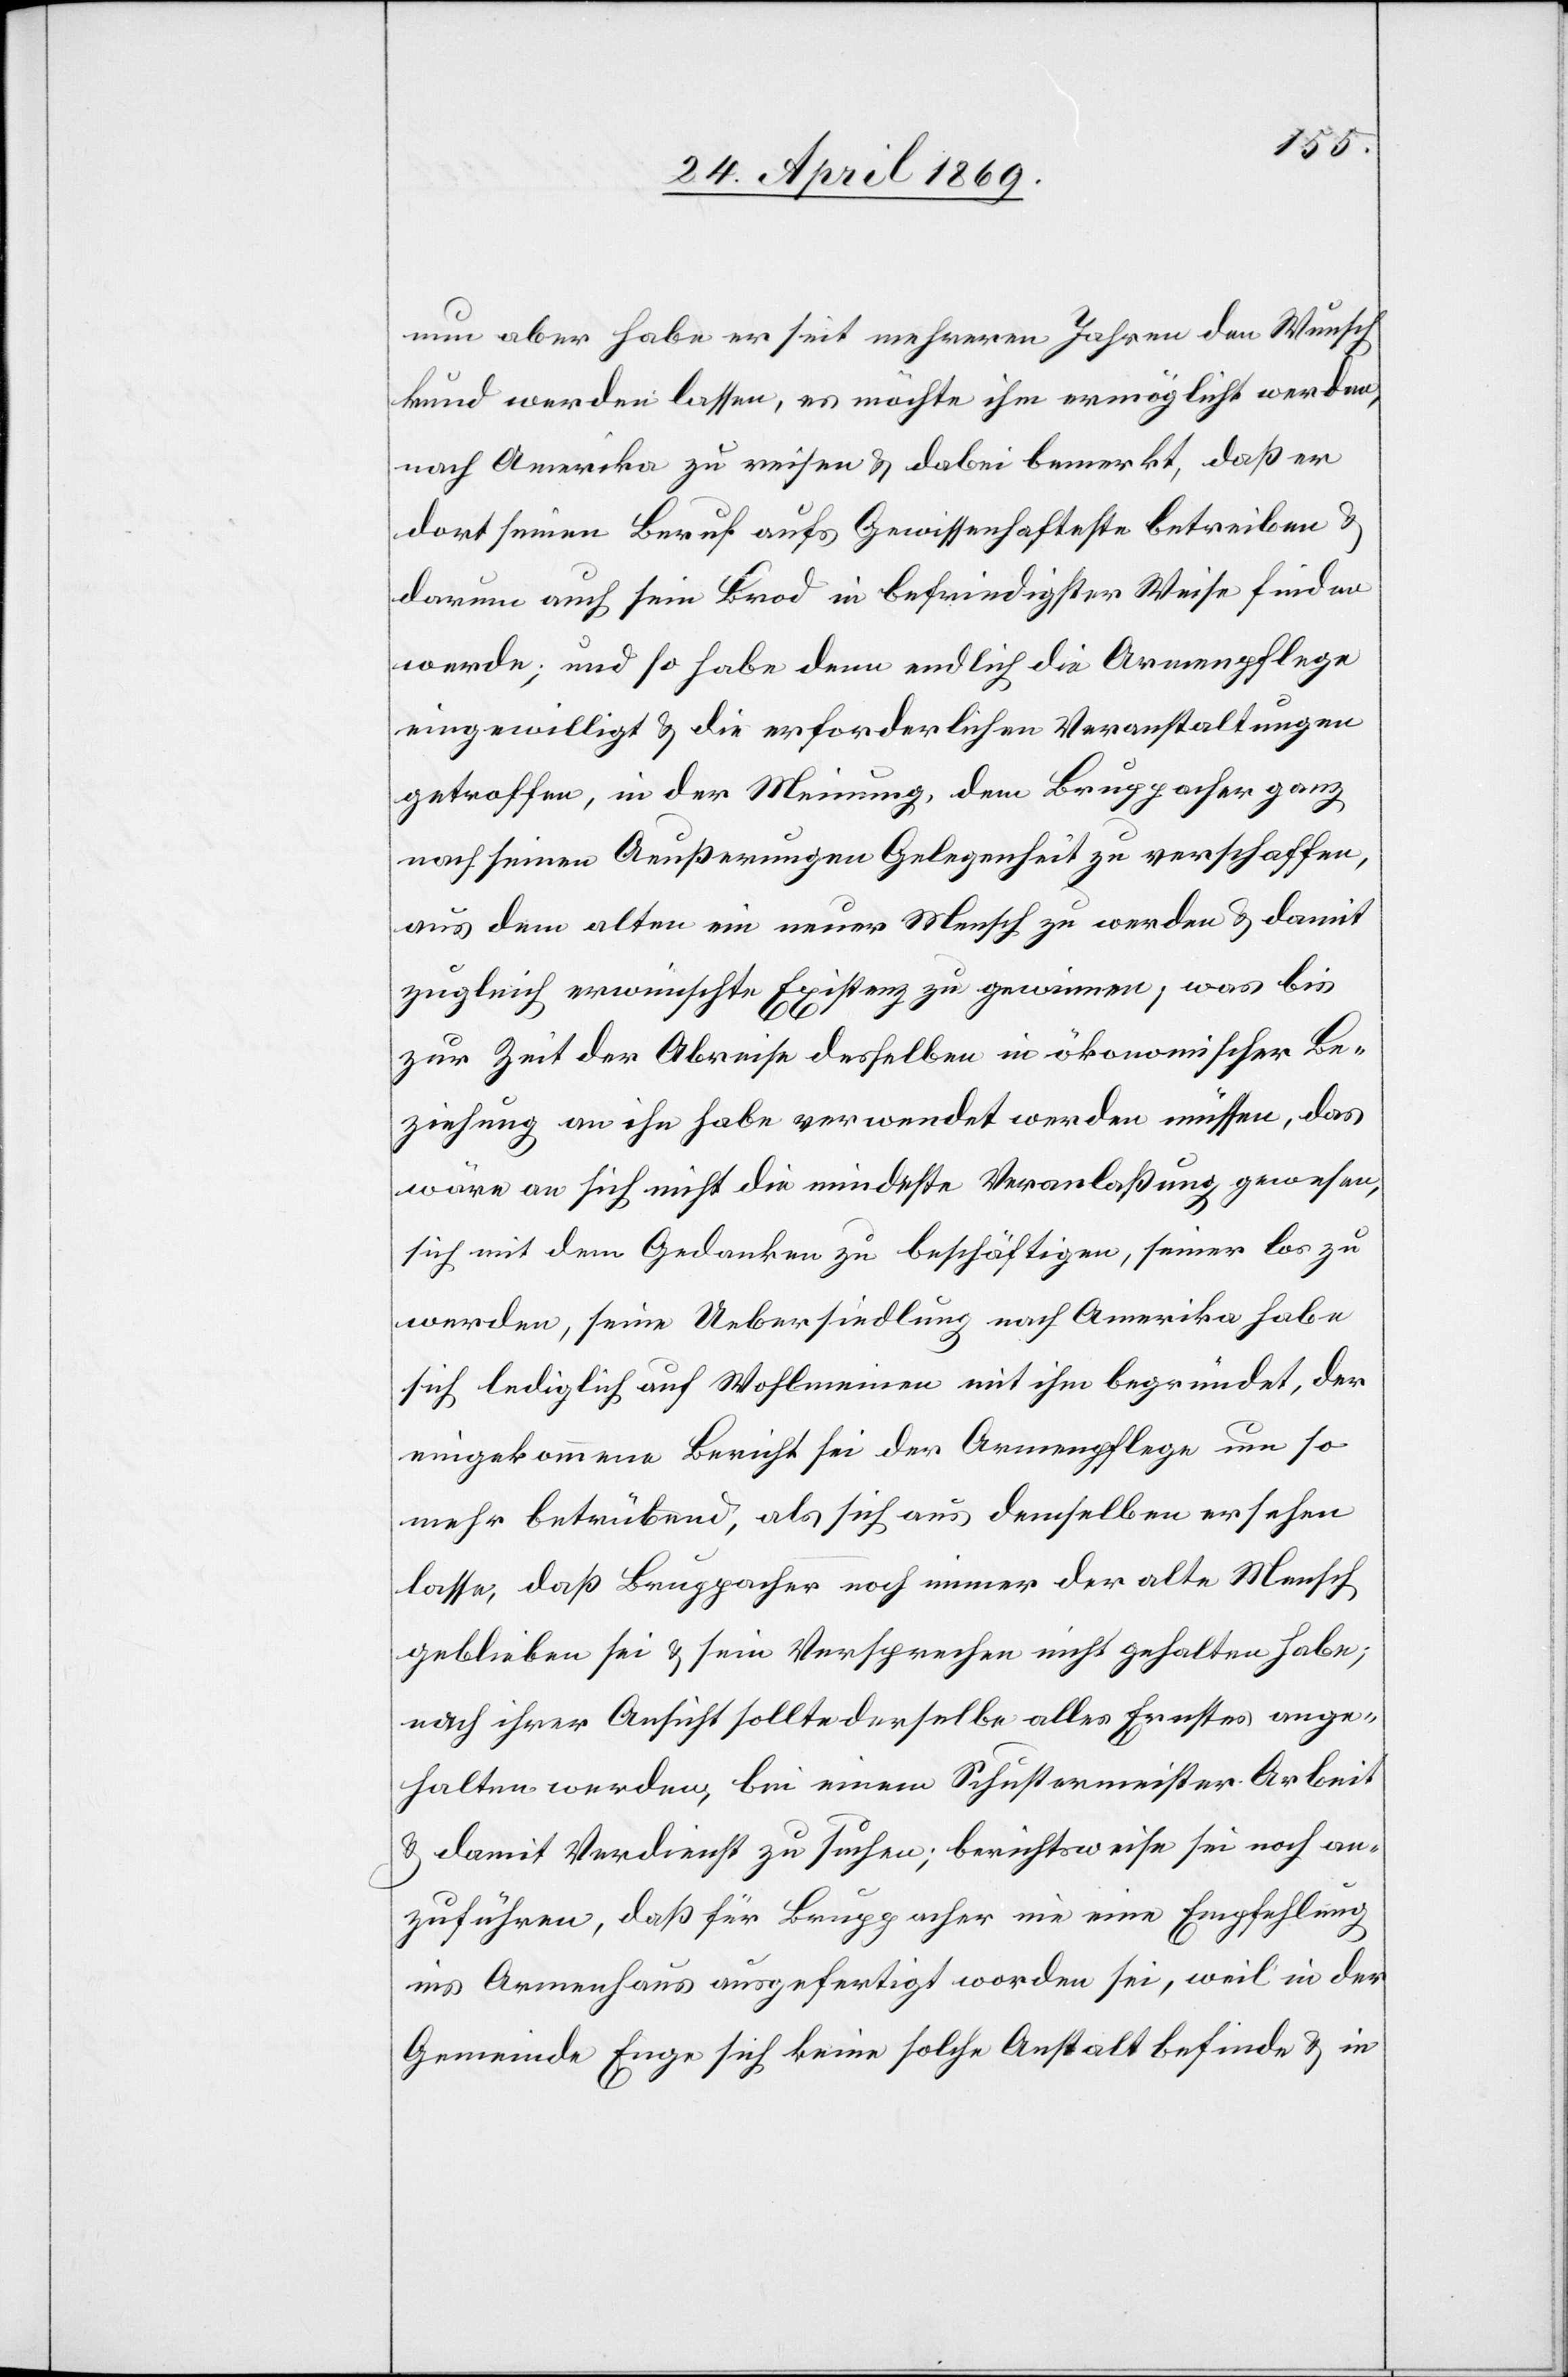
nun aber habe er seit mehreren Jahren den Wunsch
kund werden lassen, es möchte ihm ermöglicht werden,
nach Amerika zu reisen u. dabei bemerkt, daß er
dort seinen Beruf aufs gewissenhafteste betreiben u.
darum auch sein Brod in befriedigster Weise finden
werde; und so habe denn endlich die Armenpflege
eingewilligt u. die erforderlichen Veranstaltungen
getroffen, in der Meinung, dem Bruppacher ganz
nach seinen Aeußerungen Gelegenheit zu verschaffen,
aus dem alten ein neuer Mensch zu werden u. damit
zugleich erwünschte Existenz zu gewinnen, was bis
zur Zeit der Abreise desselben in ökonomischer Be¬
ziehung an ihn habe verwendet werden müssen, das
wäre an sich nicht die mindeste Veranlaßung gewesen,
sich mit dem Gedanken zu beschäftigen, seiner los zu
werden, seine Uebersiedlung nach Amerika habe
sich lediglich auf Wohlmeinen mit ihm begründet, der
eingekommene Bericht sei der Armenpflege um so
mehr betrübend, als sich aus demselben ersehen
lasse, daß Bruppacher noch immer der alte Mensch
geblieben sei u. sein Versprechen nicht gehalten habe;
nach ihrer Ansicht sollte derselbe alles Ernstes ange¬
halten werden, bei einem Schustermeister Arbeit
u. damit Verdienst zu suchen; berichtsweise sei noch an¬
zuführen, daß für Bruppacher nie eine Empfehlung
ins Armenhaus ausgefertigt worden sei, weil in der
Gemeinde Enge sich keine solche Anstalt befinde u. in